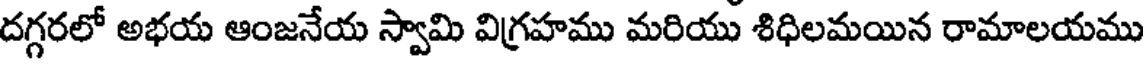
దగ్గరలో అభయ ఆంజనేయ స్వామి విగ్రహము మరియు శిధిలమయిన రామాలయము